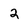
Character: 2